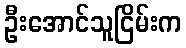
ဦးအောင်သူငြိမ်းက